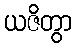
ယဇိတွာ